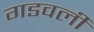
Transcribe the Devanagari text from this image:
गडवली